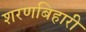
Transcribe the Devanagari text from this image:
शरणबिहारी